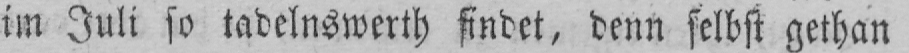
im Juli so tadelnswerth findet, denn selbst gethan